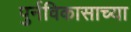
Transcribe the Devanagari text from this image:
पुर्नविकासाच्या